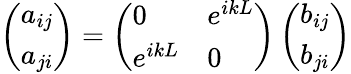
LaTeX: \left(\begin{array}{l}{a_{ij}}\\ {a_{ji}}\end{array}\right)=\left(\begin{array}{ll}{0}&{e^{ikL}}\\ {e^{ikL}}&{0}\end{array}\right)\left(\begin{array}{l}{b_{ij}}\\ {b_{ji}}\end{array}\right)